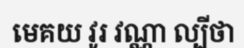
មេគយ វូរ វណ្ណា ល្បីថា